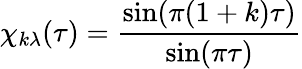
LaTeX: \chi_{k\lambda}(\tau)=\frac{\sin(\pi(1+k)\tau)}{\sin(\pi\tau)}